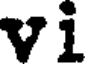
vi